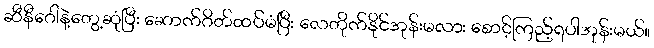
ဆီနီဂေါနဲ့တွေ့ဆုံပြီး ဆောက်ဂိတ်ထပ်မံပြီး လေတိုက်နိုင်အုန်းမလား စောင့်ကြည့်ရပါအုန်းမယ်။